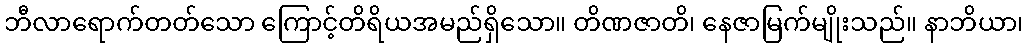
ဘီလာရောက်တတ်သော ကြောင့်တိရိယအမည်ရှိသော။ တိဏဇာတိ၊ နေဇာမြက်မျိုးသည်။ နာဘိယာ၊